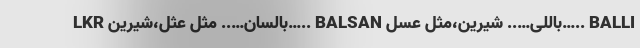
LKR بالسان….. مثل عثل،شیرین….. BALSAN باللی….. شیرین،مثل عسل….. BALLI